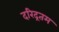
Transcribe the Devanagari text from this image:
दरिद्रतम